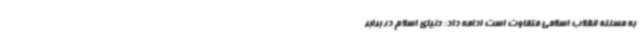
به مسئله انقلاب اسلامی متفاوت است ادامه داد: دنیای اسلام در برابر